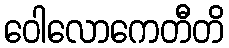
ဝေါလောကေတီတိ